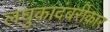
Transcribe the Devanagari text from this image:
लघुकादंबरीकार